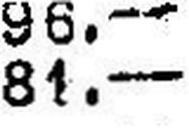
81.—